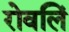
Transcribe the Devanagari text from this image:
रोवलिं